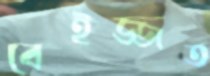
বেইজ্জত